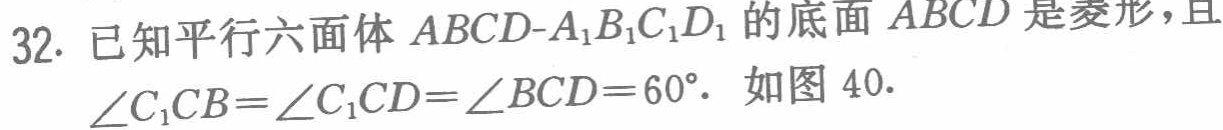
已知平行六面体 \(ABCD - A_{1}B_{1}C_{1}D_{1}\) 的底面 \(ABCD\) 是菱形，且\(\angle C_{1}CB = \angle C_{1}CD=\angle BCD = 60^{\circ}\). 如图 \(40\).